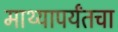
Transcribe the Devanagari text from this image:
माथ्यापर्यंतचा